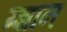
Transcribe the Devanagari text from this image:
ग्ज्ञान